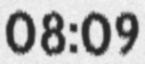
08:09